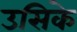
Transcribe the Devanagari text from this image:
उसिके